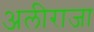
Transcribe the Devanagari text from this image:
अलीराजा